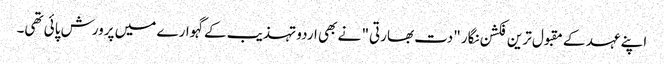
اپنے عہد کے مقبول ترین فکشن نگار "دت بھارتی" نے بھی اردو تہذیب کے گہوارے میں پرورش پائی تھی۔